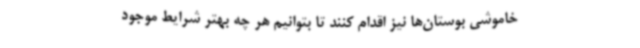
خاموشی بوستان‌ها نیز اقدام کنند تا بتوانیم هر چه بهتر شرایط موجود